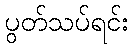
ပွတ်သပ်ရင်း